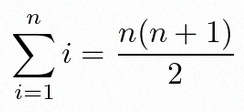
\sum_{i=1}^{n}i=\frac{n(n+1)}2